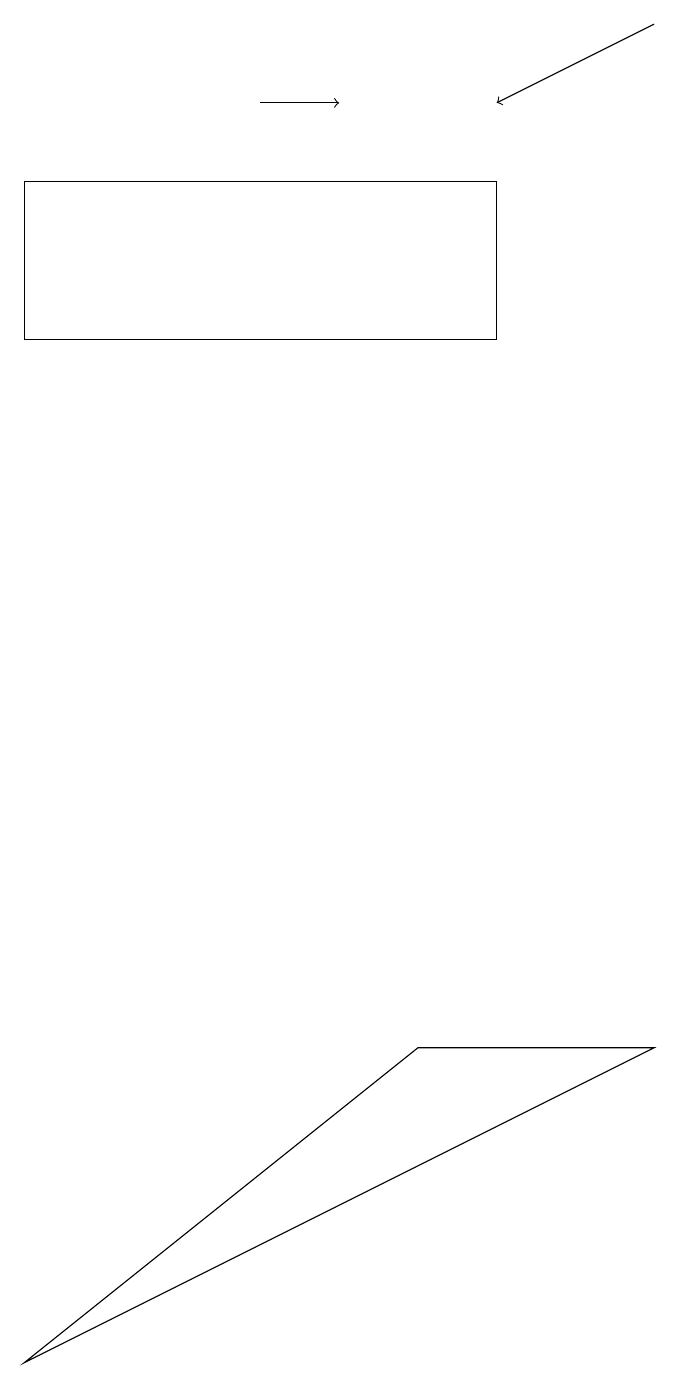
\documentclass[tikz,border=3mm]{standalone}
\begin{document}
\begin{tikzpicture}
\draw[->] (4,16) -- (5,16);
\draw (9,4) -- (1,0) -- (6,4) -- cycle;
\draw[->] (9,17) -- (7,16);
\draw (1,15) rectangle (7,13);
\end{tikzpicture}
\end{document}